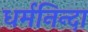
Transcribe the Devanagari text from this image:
धर्मनिन्दा